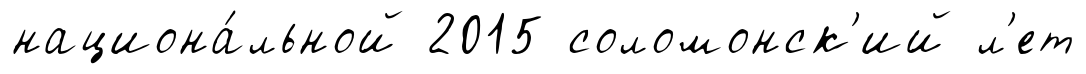
национа́льной 2015 соломонск'ий л'ет